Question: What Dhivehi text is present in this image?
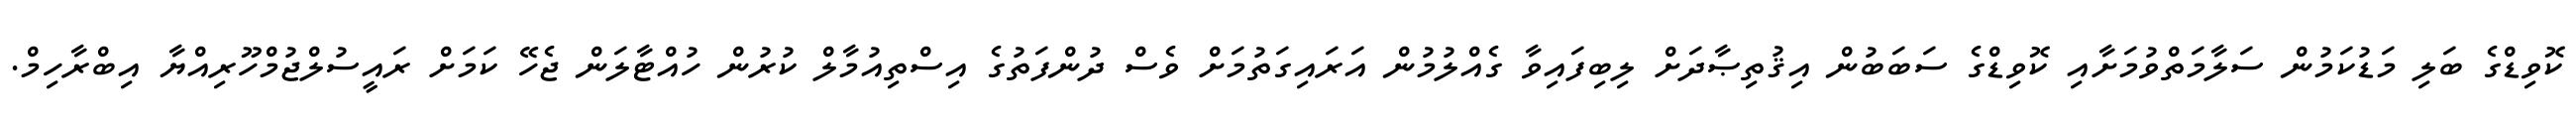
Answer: ކޮވިޑްގެ ބަލި މަޑުކަމުން ސަލާމަތްވުމަށާއި ކޮވިޑްގެ ސަބަބުން އިޤުތިޞާދަށް ލިބިފައިވާ ގެއްލުމުން އަރައިގަތުމަށް ވެސް ދުންފަތުގެ އިސްތިއުމާލް ކުރުން ހުއްޓާލަން ޖެހޭ ކަމަށް ރައީސުލްޖުމްހޫރިއްޔާ އިބްރާހިމް.